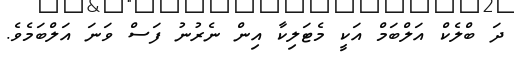
ދަ ބްލެކް އަލްބަމް އަކީ މެޓަލިކާ އިން ނެރުނު ފަސް ވަނަ އަލްބަމެވެ.